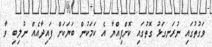
ވަގުތުގައި ނުރަނގަޅު ގޮތުގައި ކޮށްފިއްޔާ އެ ކަމަކުން ބަޔަކަށް ފައިދާއެއް ނުލިބި ވާ